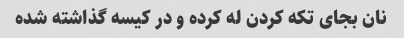
نان بجای تکه کردن له کرده و در کیسه گذاشته شده